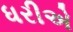
ધરીએ